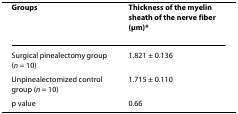
<table><thead><tr><td><b>Groups</b></td><td><b>Thickness of the myelin sheath of the nerve fiber (μm)*</b></td></tr></thead><tbody><tr><td>Surgical pinealectomy group (<i>n </i>= 10)</td><td>1.821 ± 0.136</td></tr><tr><td>Unpinealectomized control group (<i>n </i>= 10)</td><td>1.715 ± 0.110</td></tr><tr><td>p value</td><td>0.66</td></tr></tbody></table>